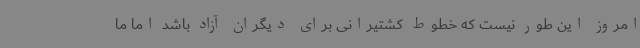
امروز این طور نیست که خطوط کشتیرانی برای دیگران آزاد باشد اما ما